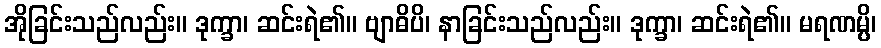
အိုခြင်းသည်လည်း။ ဒုက္ခာ၊ ဆင်းရဲ၏။ ဗျာဓိပိ၊ နာခြင်းသည်လည်း။ ဒုက္ခာ၊ ဆင်းရဲ၏။ မရဏမ္ပိ၊